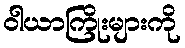
ဝါယာကြိုးများကို